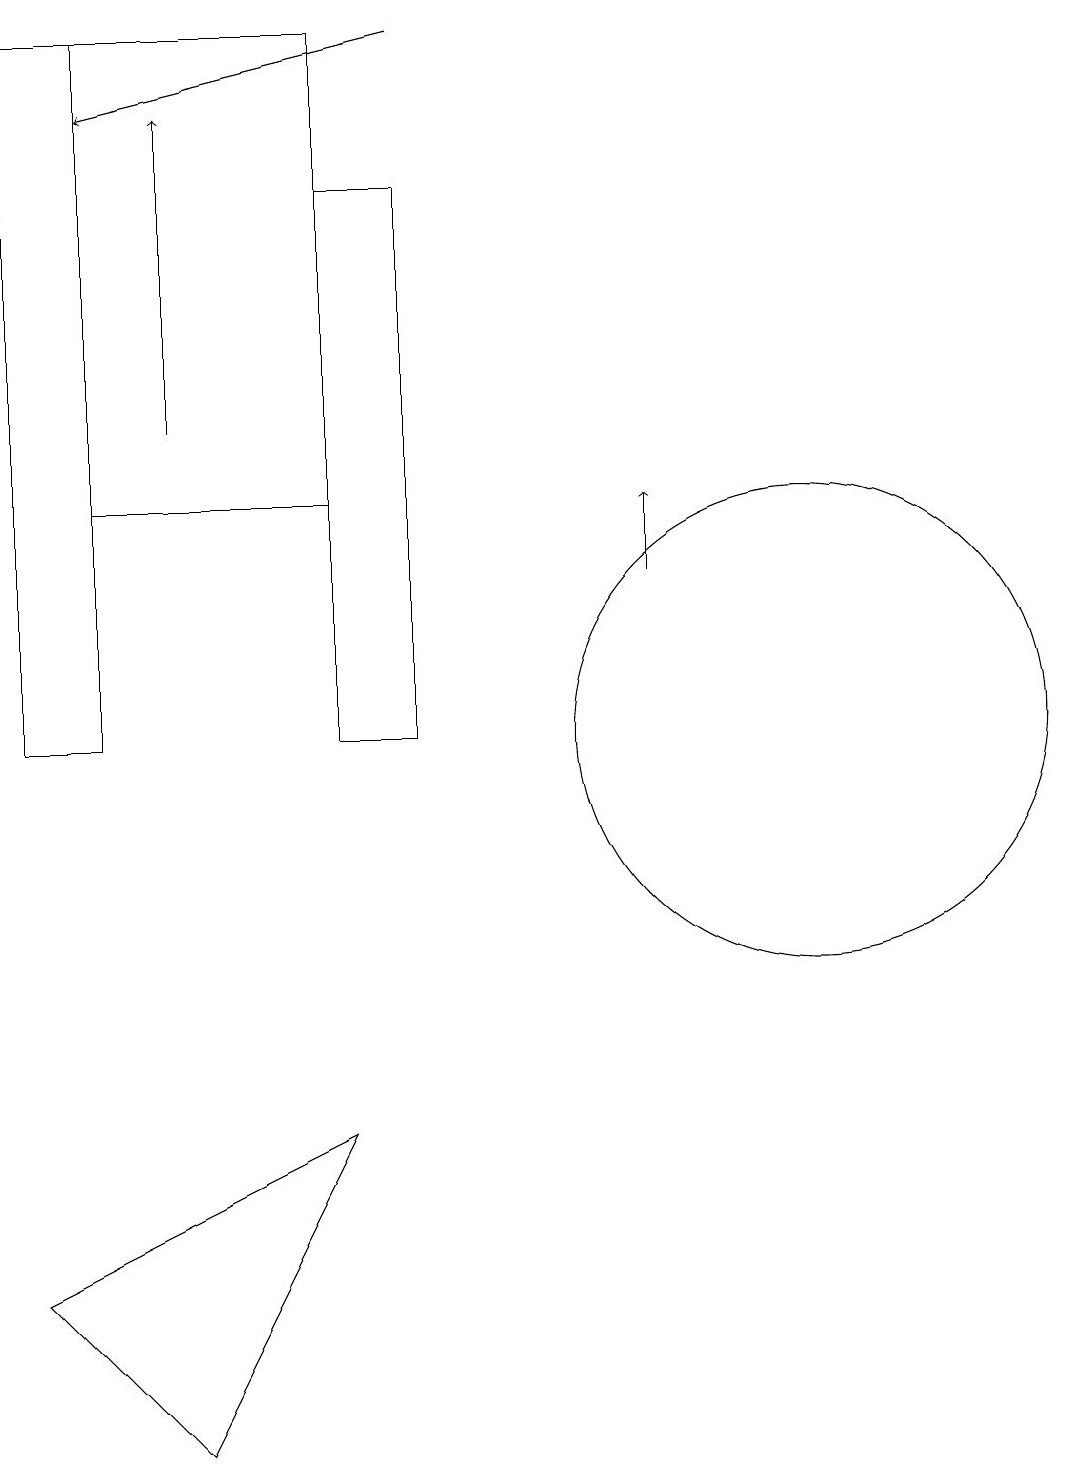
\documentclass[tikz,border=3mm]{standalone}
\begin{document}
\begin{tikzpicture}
\draw (4,10) rectangle (5,17);
\draw[->] (5,19) -- (1,18);
\draw[->] (8,12) -- (8,13);
\draw (1,10) rectangle (0,19);
\draw (10,10) circle (3);
\draw (2,1) -- (4,5) -- (0,3) -- cycle;
\draw[->] (2,14) -- (2,18);
\draw (4,19) rectangle (1,13);
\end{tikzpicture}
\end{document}